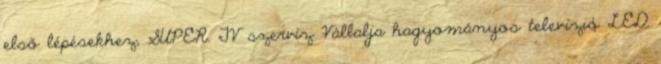
első lépésekhez, SUPER. TV szervíz Vállalja hagyományos televízió LED